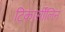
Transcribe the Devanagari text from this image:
टिकार्सीलिन